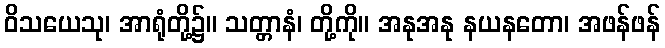
ဝိသယေသု၊ အာရုံတို့၌။ သတ္တာနံ၊ တို့ကို။ အနုအနု နယနတော၊ အဖန်ဖန်